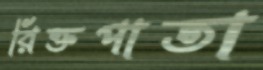
রিক্তপাতা